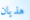
هذيان